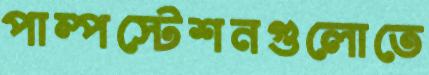
পাম্পস্টেশনগুলোতে